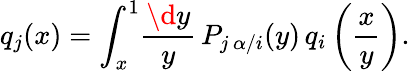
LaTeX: q_{j}(x)=\int_{x}^{1}\! \frac{\d y}{y}\, P_{j\, \alpha/i}(y)\, q_{i}\left(\frac{x}{y}\right).